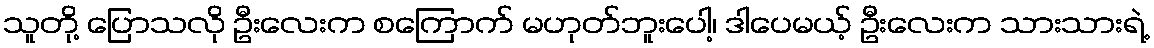
သူတို့ ပြောသလို ဦးလေးက စကြောက် မဟုတ်ဘူးပေါ့၊ ဒါပေမယ့် ဦးလေးက သားသားရဲ့